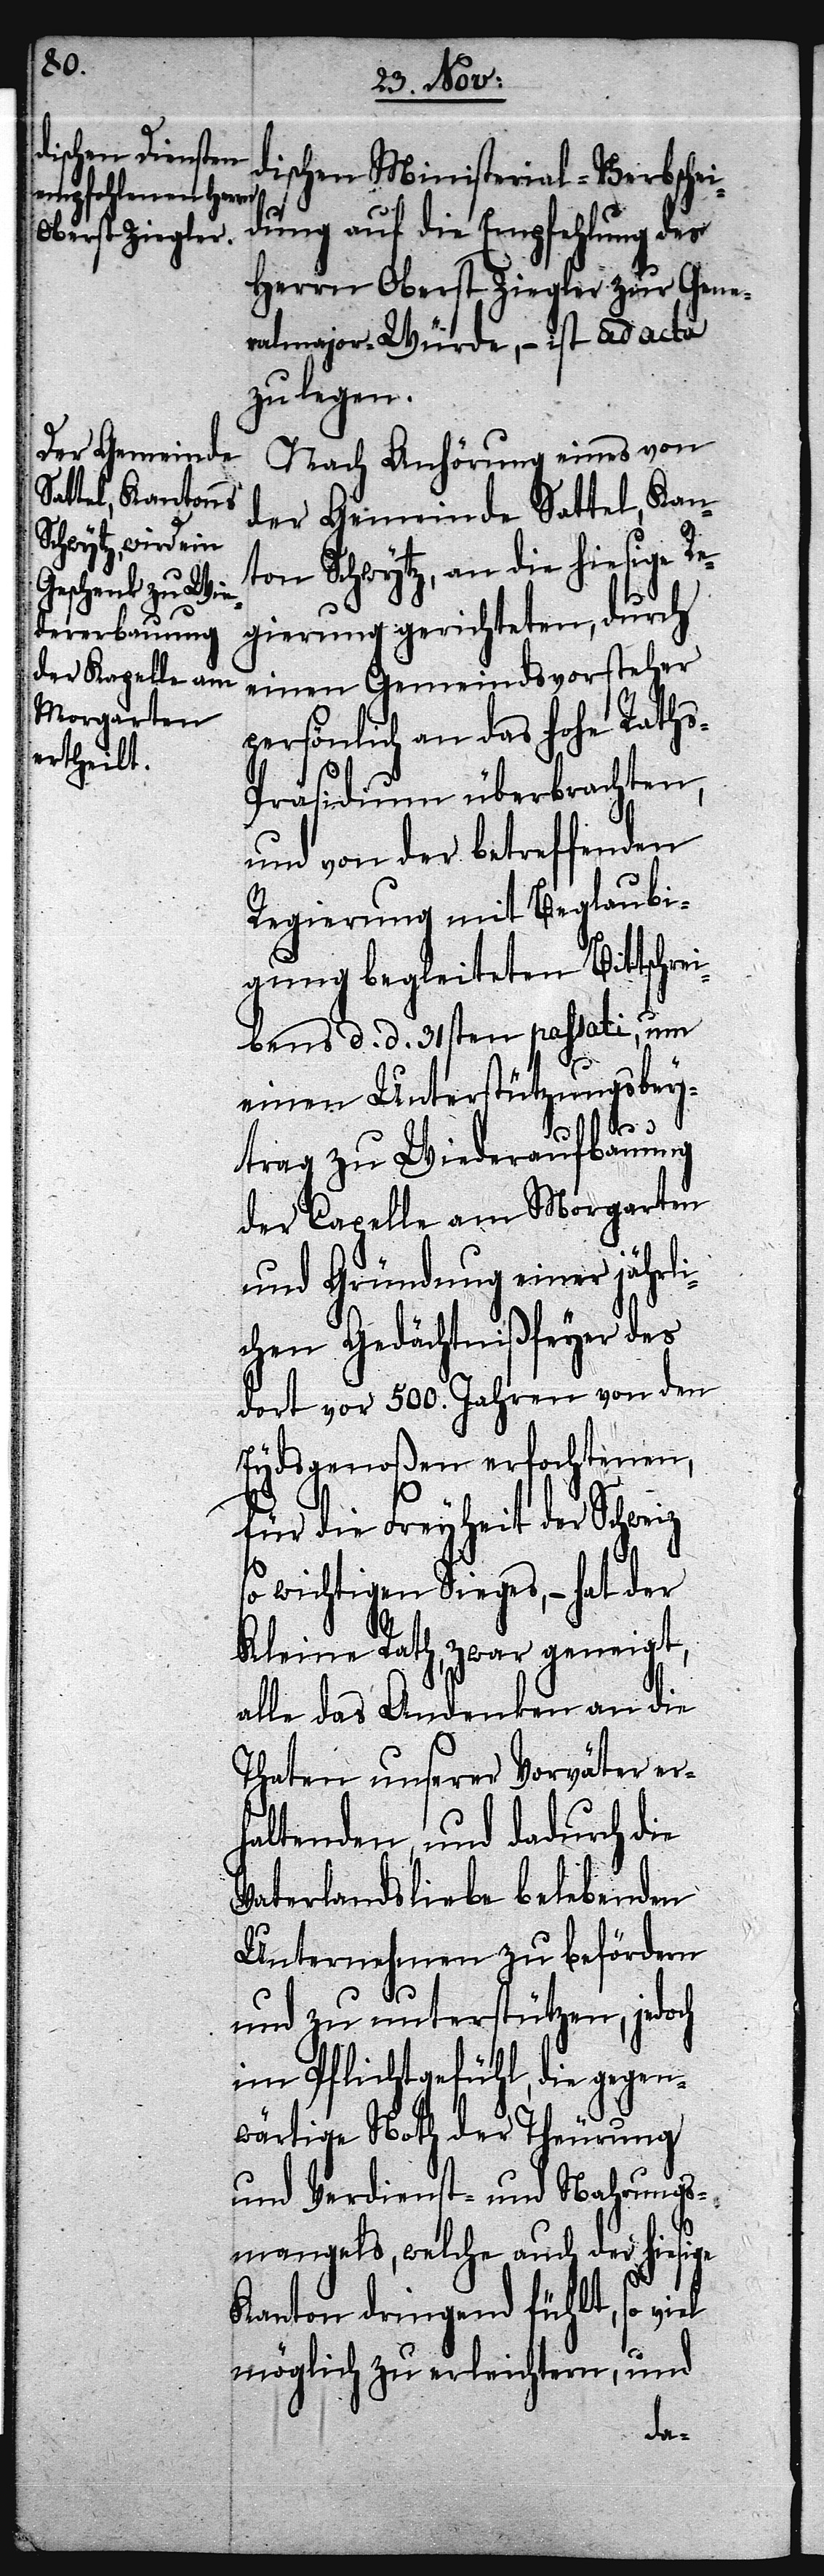
dischen Ministerial-Verbschei¬
dung auf die Empfehlung des
Herrn Oberst Ziegler zur Gene¬
ralmajor-Würde, – ist ad acta
zu legen.
Nach Anhörung eines von
der Gemeinde Sattel, Kan¬
ton Schwytz, an die hiesige Re¬
gierung gerichteten, durch
einen Gemeindsvorsteher
persönlich an das Hohe Raths-P¬
räsidium überbrachten,
und von der betreffenden
Regierung mit Beglaubi¬
gung begleiteten Bittschre¬
ibens d. d. 31sten passati, um
einen Unterstützungsbey¬
trag zu Wiederaufbauung
der Capelle am Morgarten
und Gründung einer jährli¬
chen Gedächtnißfeyer des
dort vor 500. Jahren von den
Eydsgenoßen erfochtenen,
für die Freyheit der Schweiz
so wichtigen Sieges, – hat der
Kleine Rath, zwar geneigt,
alle das Andenken an die
Thaten unserer Vorväter er¬
haltenden, und dadurch die
Vaterlandsliebe belebenden
Unternehmen zu befördern
und zu unterstützen, jedoch
im Pflichtgefühl, die gegen¬
wärtige Noth der Theurung
und Verdienst- und Nahrungs¬
mangels, welche auch der hiesige
so viel
Kanton dringend fühlt,
möglich zu erleichtern, und